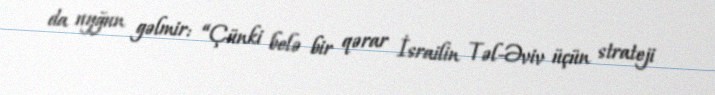
da uyğun gəlmir: “Çünki belə bir qərar İsrailin Təl-Əviv üçün strateji